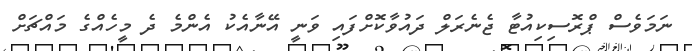
ނަމަވެސް ޕްރޮސިކިއުޓާ ޖެނެރަލް ދައުވާކޮށްފައި ވަނީ އޭނާއެކު އެންމެ ދެ މީހެއްގެ މައްޗަށް